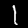
Label: 1